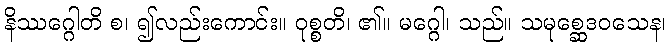
နိဿဂ္ဂေါတိ စ၊ ၍လည်းကောင်း။ ဝုစ္စတိ၊ ၏။ မဂ္ဂေါ၊ သည်။ သမုစ္ဆေဒဝသေန၊